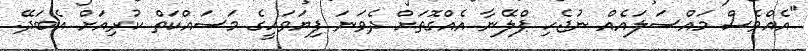
"އެއްވެސް މައްސަލައެއް ނުޖެހި ޕްލޭނާ އެއްގޮތަށް ދެވަނަ ފިޔަވަހީގެ މަސައްކަތް ކުރިއަށް އެބަދޭ.